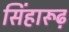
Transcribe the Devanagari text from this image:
सिंहारूढ़